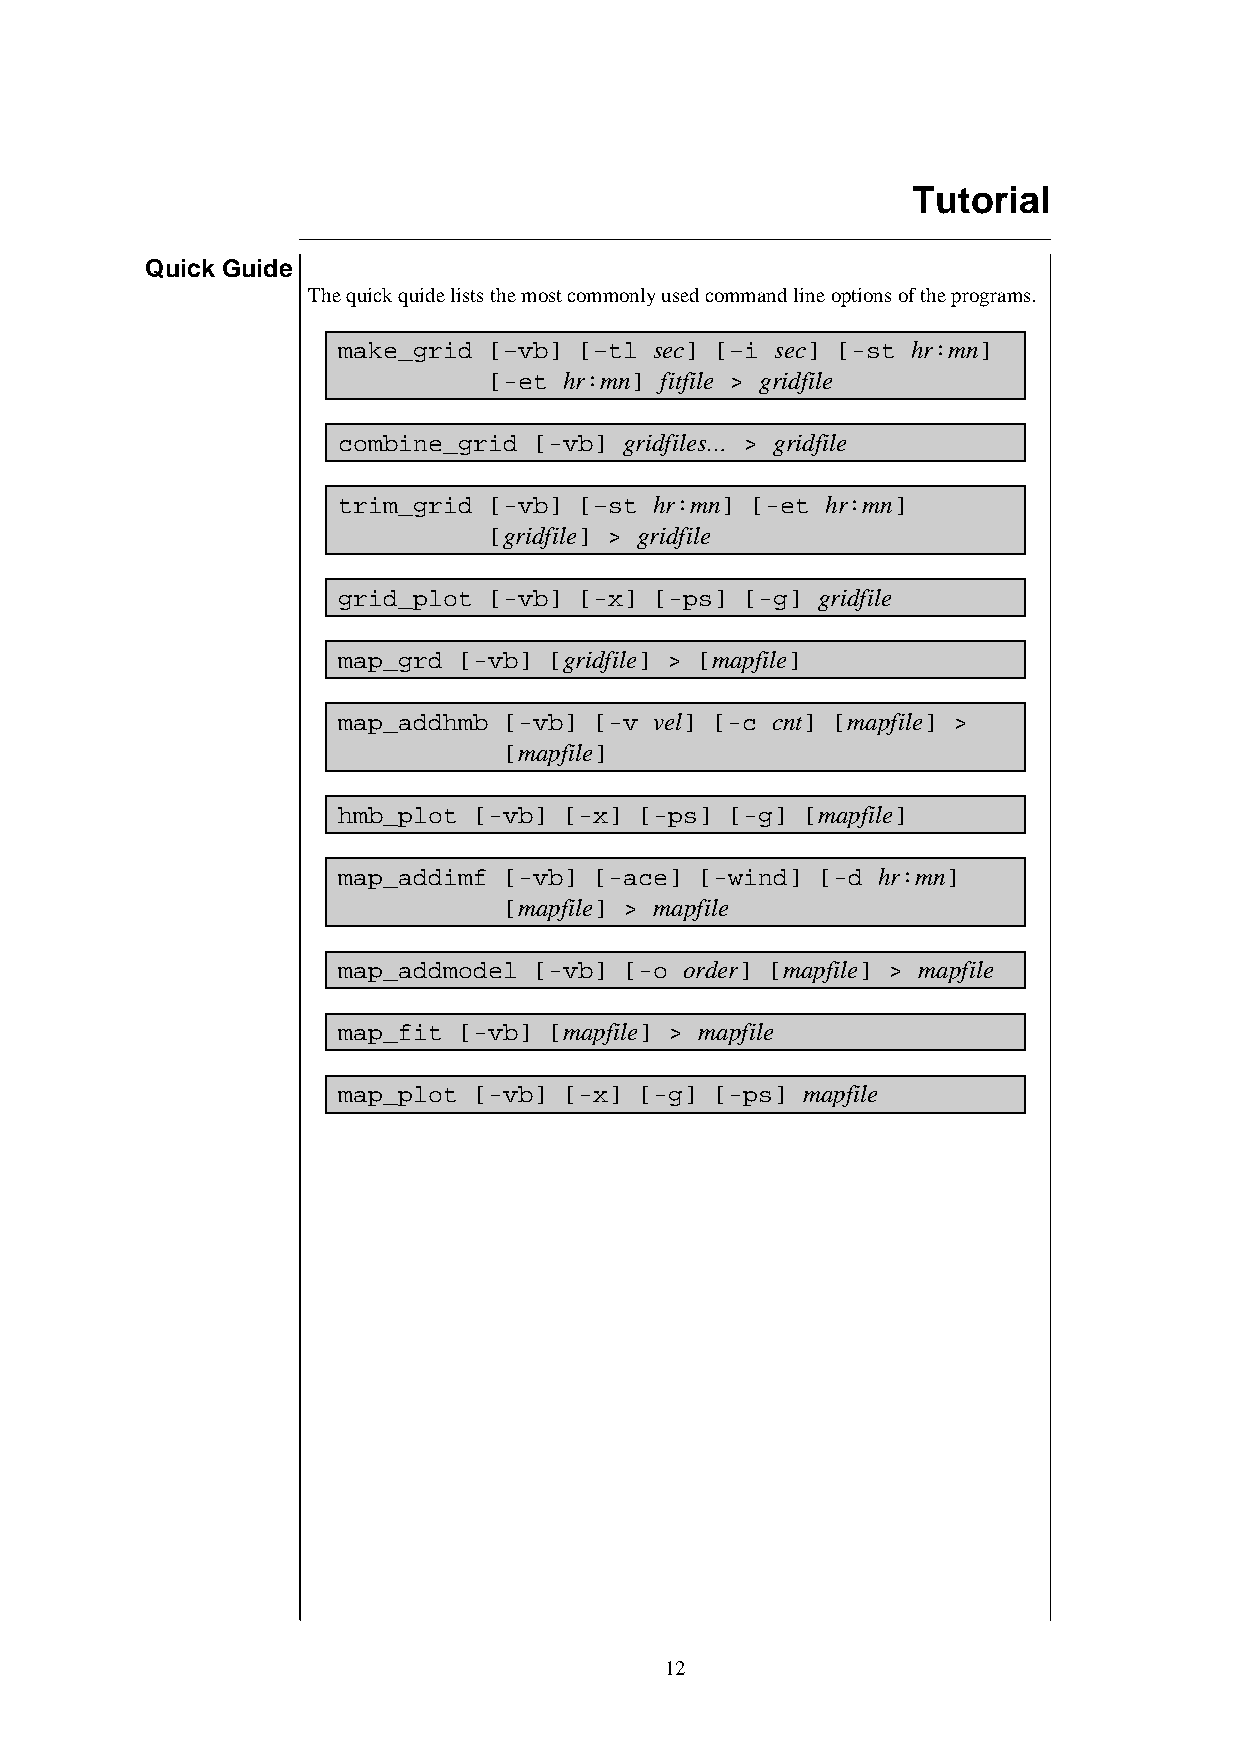
Tutorial
 Quick Guide
 The quick quide lists the most commonly used command line options of the programs.
 make_grid [–vb] [–tl sec] [–i sec] [-st hr:mn]
 [-et hr:mn] fitfile > gridfile
 combine_grid [-vb] gridfiles… > gridfile
 trim_grid [-vb] [–st hr:mn] [-et hr:mn]
 [gridfile] > gridfile
 grid_plot [-vb] [-x] [-ps] [-g] gridfile
 map_grd [-vb] [gridfile] > [mapfile]
 map_addhmb [-vb] [-v vel] [-c cnt] [mapfile] >
 [mapfile]
 hmb_plot [-vb] [-x] [-ps] [-g] [mapfile]
 map_addimf [-vb] [-ace] [-wind] [-d hr:mn]
 [mapfile] > mapfile
 map_addmodel [-vb] [-o order] [mapfile] > mapfile
 map_fit [-vb] [mapfile] > mapfile
 map_plot [-vb] [-x] [-g] [-ps] mapfile
 12